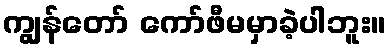
ကျွန်တော် ကော်ဖီမမှာခဲ့ပါဘူး။